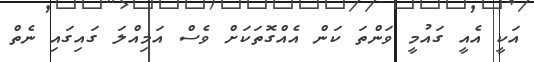
އަކީ އެއީ ގައުމީ ވަންތަ ކަން އެއްގޮތަކަށް ވެސް އަމިއްލަ ގައިގައި ނެތް